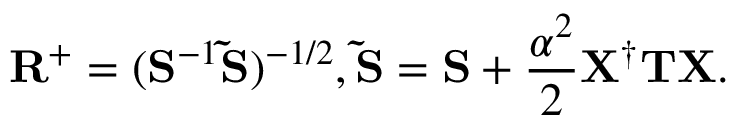
\ensuremath { \mathbf { R } } ^ { + } = ( \ensuremath { \mathbf { S } } ^ { - 1 } \ensuremath { \mathbf { \Tilde { S } } } ) ^ { - 1 / 2 } , \ensuremath { \mathbf { \Tilde { S } } } = \ensuremath { \mathbf { S } } + \frac { \alpha ^ { 2 } } { 2 } \ensuremath { \mathbf { X } } ^ { \dagger } \ensuremath { \mathbf { T } } \ensuremath { \mathbf { X } } .